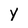
Character: y